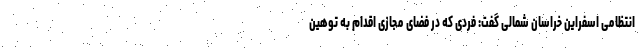
انتظامی اسفراین خراسان شمالی گفت: فردی که در فضای مجازی اقدام به توهین